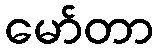
မော်တာ